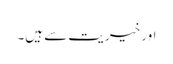
اور خیریت سے ہیں۔